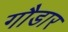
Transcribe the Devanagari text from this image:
गौडार